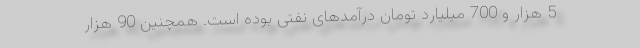
5 هزار و 700 میلیارد تومان درآمدهای نفتی بوده است. همچنین 90 هزار